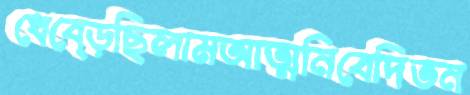
ধেব্‌ড়েছিলামআত্মনিবেদিতন